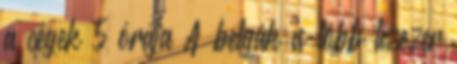
a cégek 5 órája A belgák is több tízezer